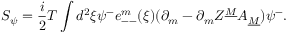
S _ { \psi } = { \frac { i } { 2 } } T \int d ^ { 2 } \xi \psi ^ { - } e _ { -- } ^ { m } ( \xi ) ( \partial _ { m } - \partial _ { m } Z ^ { \underline { { M } } } A _ { \underline { { M } } } ) \psi ^ { - } .